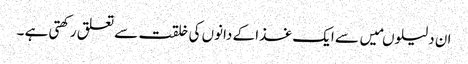
ان دلیلوںمیں سے ایک غذا کے دانوں کی خلقت سے تعلق رکھتی ہے ۔